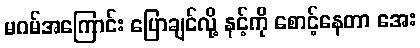
မဂမ်အကြောင်း ပြောချင်လို့ နင့်ကို စောင့်နေတာ အေး